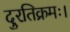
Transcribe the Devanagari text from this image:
दुरतिक्रमः।